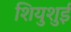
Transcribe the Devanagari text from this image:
शियुशुई